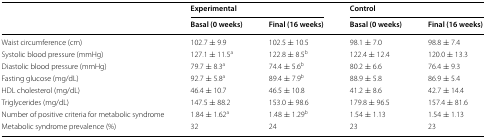
<table><thead><tr><td rowspan="2"></td><td colspan="2"><b>Experimental</b></td><td colspan="2"><b>Control</b></td></tr><tr><td><b>Basal (0 weeks)</b></td><td><b>Final (16 weeks)</b></td><td><b>Basal (0 weeks)</b></td><td><b>Final (16 weeks)</b></td></tr></thead><tbody><tr><td>Waist circumference (cm)</td><td>102.7 ± 9.9</td><td>102.5 ± 10.5</td><td>98.1 ± 7.0</td><td>98.8 ± 7.4</td></tr><tr><td>Systolic blood pressure (mmHg)</td><td>127.1 ± 11.5<sup>a</sup></td><td>122.8 ± 8.5<sup>b</sup></td><td>122.4 ± 12.4</td><td>120.0 ± 13.3</td></tr><tr><td>Diastolic blood pressure (mmHg)</td><td>79.7 ± 8.3<sup>a</sup></td><td>74.4 ± 5.6<sup>b</sup></td><td>80.2 ± 6.6</td><td>76.4 ± 9.3</td></tr><tr><td>Fasting glucose (mg/dL)</td><td>92.7 ± 5.8<sup>a</sup></td><td>89.4 ± 7.9<sup>b</sup></td><td>88.9 ± 5.8</td><td>86.9 ± 5.4</td></tr><tr><td>HDL cholesterol (mg/dL)</td><td>46.4 ± 10.7</td><td>46.5 ± 10.8</td><td>41.2 ± 8.6</td><td>42.7 ± 14.4</td></tr><tr><td>Triglycerides (mg/dL)</td><td>147.5 ± 88.2</td><td>153.0 ± 98.6</td><td>179.8 ± 96.5</td><td>157.4 ± 81.6</td></tr><tr><td>Number of positive criteria for metabolic syndrome</td><td>1.84 ± 1.62<sup>a</sup></td><td>1.48 ± 1.29<sup>b</sup></td><td>1.54 ± 1.13</td><td>1.54 ± 1.13</td></tr><tr><td>Metabolic syndrome prevalence (%)</td><td>32</td><td>24</td><td>23</td><td>23</td></tr></tbody></table>